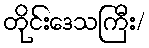
တိုင်းဒေသကြီး/